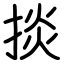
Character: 掞